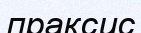
праксис